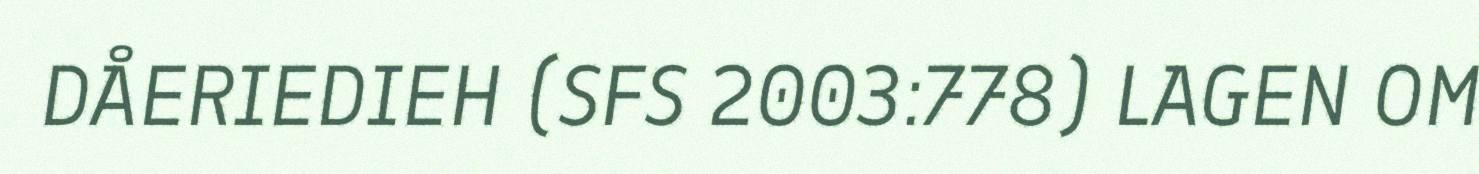
DÅERIEDIEH (SFS 2003:778) LAGEN OM